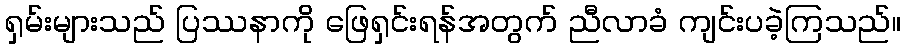
ရှမ်းများသည် ပြဿနာကို ဖြေရှင်းရန်အတွက် ညီလာခံ ကျင်းပခဲ့ကြသည်။